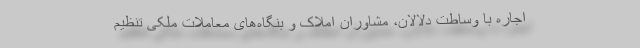
اجاره با وساطت دلالان، مشاوران املاک و بنگاه‌های معاملات ملکی تنظیم